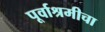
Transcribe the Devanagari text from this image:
पूर्वाश्रमीचा